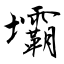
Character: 壩